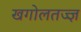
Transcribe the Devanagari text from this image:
खगोलतज्ज्ञ